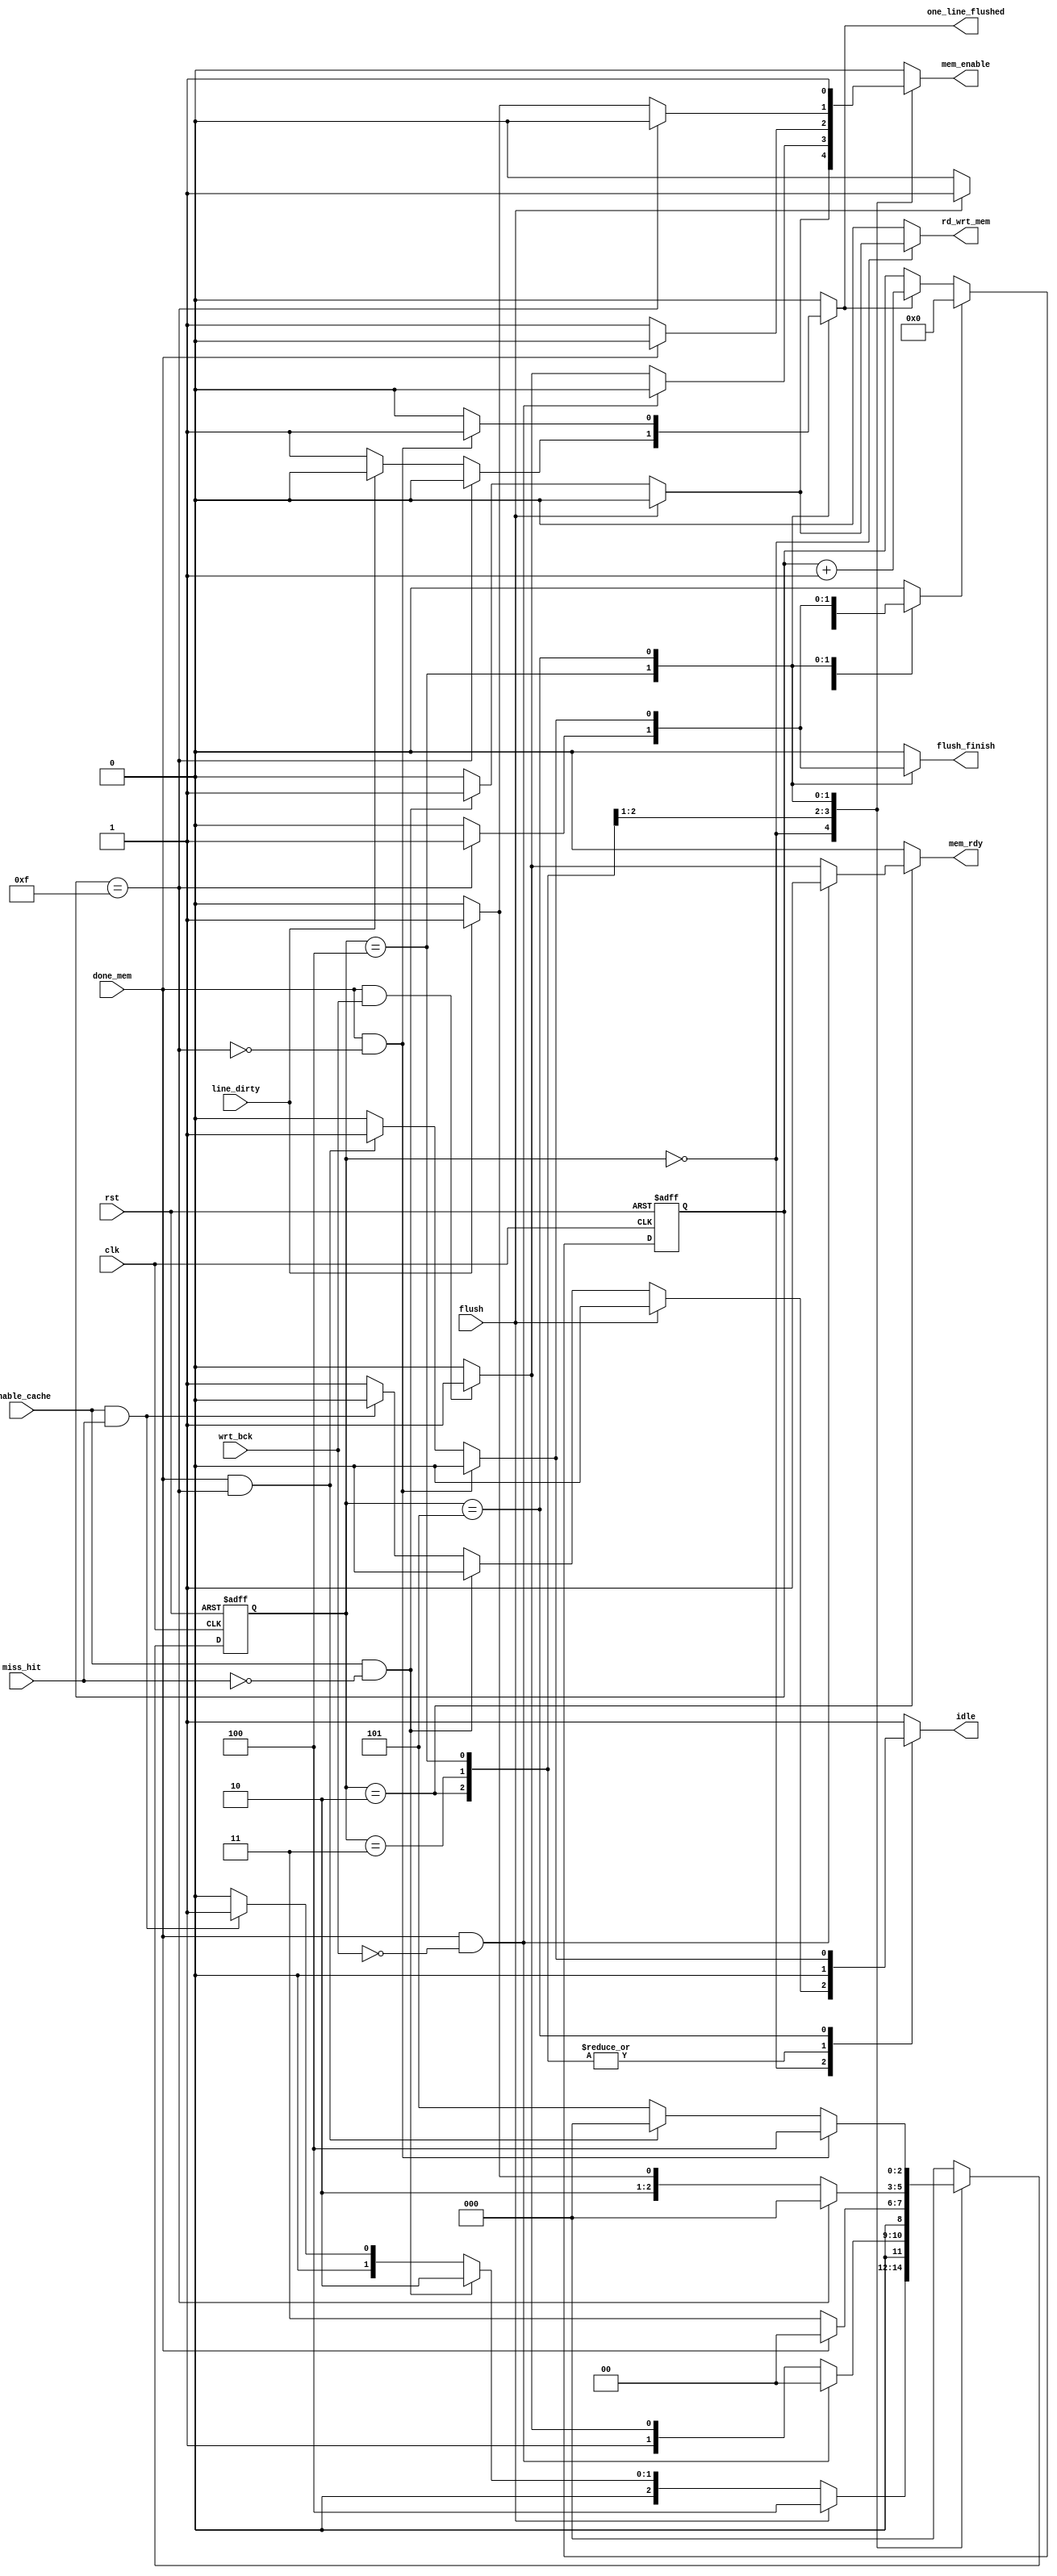
module cache_controller(rst, 
			clk, 
			flush, // whether a cache flushing is initiated 
			enable_cache, // whether a cache operation is enabled
			line_dirty, // whether the line is dirty, needing flushing back to main memory
			done_mem, // whether memory operation is done
			miss_hit, // whether a cache miss/hit occurs
			wrt_bck, // whether writeback is needed
			rd_wrt_mem,// read or write, control the first port of main memory
			mem_enable, // enable for the first port of main memory
			idle, // whether the memory system is idle
			mem_rdy, // whether the data read from main memory is ready for cache use
			one_line_flushed, // whether one line is done flushing
			flush_finish); // when the cache flushing should end
   
   // input and output ports declarations
   input rst, clk, miss_hit, wrt_bck, enable_cache, done_mem,flush, line_dirty;
   output reg rd_wrt_mem, mem_enable, idle, mem_rdy, one_line_flushed, flush_finish;
   wire       flush_end;
   localparam IDLE=3'b000; // idle state
   localparam CACHE=3'b001; // handle cache operation (busy)
   localparam MISS =3'b010; // handle cache miss (busy)
   localparam WRITEBACK=3'b011; // handle memory writeback (busy)
   localparam FLUSH_START=3'b100; 
   localparam FLUSH_IN_PROCESS=3'b101;
   
   
   reg [2:0]  state, nxt_state; // state registers
   
   reg [3:0]  flush_cntr; // counter used to count how many lines have been flushed
   
   reg 	      flush_clr, flush_enable; // control signals for the flush counter
   
   
   // count how many lines have been flushed
   always@(posedge clk, negedge rst)
     if (!rst)
       flush_cntr <= 0;
     else if (flush_clr)
       flush_cntr <= 0;
     else if (flush_enable)
       flush_cntr <= flush_cntr+1;
     else
       flush_cntr <= flush_cntr;
   
   
   
   assign flush_end=(flush_cntr == 4'b1111); // 16 lines to flush
   
   // state transition
   always@(posedge clk, negedge rst)
     if (!rst)
       state <= IDLE;
     else
       state <= nxt_state;
   
   // output generation logic   
   always@(miss_hit,line_dirty, flush_end, flush, wrt_bck, enable_cache, done_mem, state) 
     begin
	rd_wrt_mem=0;
	mem_enable=0;
	idle=1;
	mem_rdy=0;
	one_line_flushed=0;
	flush_clr=0;
	flush_enable=0;
	flush_finish=0;
	case (state)
          IDLE:
            if (flush) begin
               nxt_state= FLUSH_START;
               flush_clr=1;
               idle=0;
            end
          
            else if (enable_cache && !(miss_hit)) begin
               nxt_state=MISS;
               // Enable memory read
               mem_enable=1;
               rd_wrt_mem=1;
               // Memory system is busy now
               idle=0;
            end
            else if (enable_cache && miss_hit) begin
               nxt_state=CACHE;
               idle=0;
            end
            else
              nxt_state=IDLE;
          
          CACHE: 
            nxt_state=IDLE;
          
          
          MISS: begin
             idle=0;
             if (done_mem && !(wrt_bck)) begin
                mem_rdy=1;
                nxt_state=IDLE;
             end
             else if (done_mem && wrt_bck) begin
                mem_rdy=1;
                nxt_state=WRITEBACK;
                rd_wrt_mem=0;
                mem_enable=1;
             end
             else
               nxt_state=MISS;
          end
          
          WRITEBACK:
            if (done_mem) begin
               idle = 0;
               nxt_state = IDLE;
            end
            else begin
               nxt_state=WRITEBACK;
               mem_enable=1;
               idle=0;
            end
          
          
          
          FLUSH_START: begin
             idle=0;
	     if (flush_end) begin
		nxt_state=IDLE;
		flush_finish=1;
		flush_clr=1;
	     end
	     else if (line_dirty) begin
		mem_enable=1;
		nxt_state=FLUSH_IN_PROCESS;
             end
             else begin
		flush_enable=1;
		one_line_flushed=1;
		nxt_state=FLUSH_START;
             end
          end
          
          
          FLUSH_IN_PROCESS: begin
             idle=0;
             mem_enable=1;
             if (done_mem && (!flush_end)) begin
		flush_enable=1;
		one_line_flushed=1;
		nxt_state=FLUSH_START;
             end
             else if (done_mem && flush_end) begin
		flush_finish=1;
		flush_clr=1;
		idle=1;
		nxt_state=IDLE;
             end
             else
               nxt_state=FLUSH_IN_PROCESS;
          end
          

	  default:
	    nxt_state = IDLE;
	            
        endcase
        
        
     end               
   
   
   
endmodule